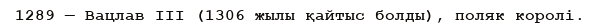
1289 — Вацлав III (1306 жылы қайтыс болды), поляк королі.